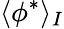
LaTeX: \langle\phi^{*}\rangle_{I}